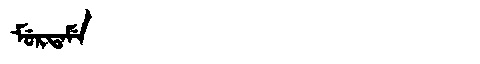
Manchu: ᠮᡠᡵᡨᠠᠮᡝ
Romanization: MURTAME